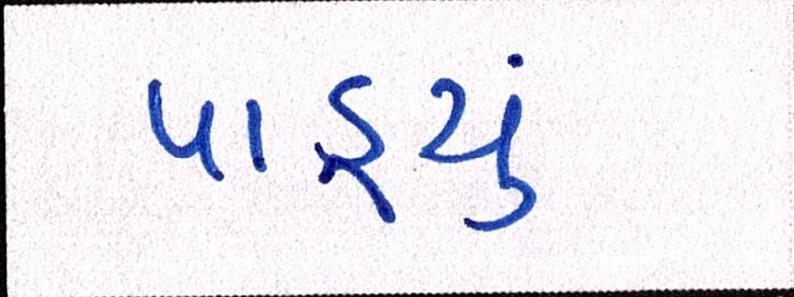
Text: પાડ્યું